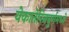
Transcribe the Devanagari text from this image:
येकातेरिनबुर्गमध्ये